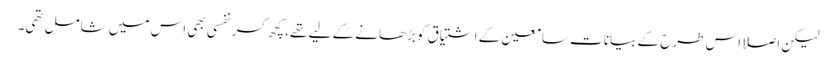
لیکن اصلاً اس طرح کے بیانات سامعین کے اشتیاق کوبڑھانے کے لیے تھے، کچھ کسرنفسی بھی اس میں شامل تھی۔